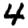
Digit: 4